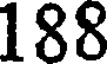
188